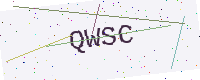
Text: QWSC